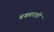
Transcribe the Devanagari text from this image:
बज्रबाराही